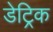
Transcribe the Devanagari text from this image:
डेट्रिक